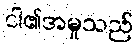
ငါ၏အမှုသည်